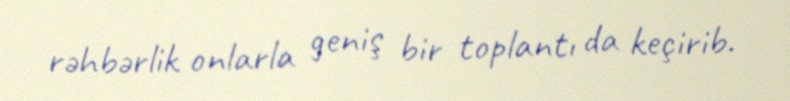
rəhbərlik onlarla geniş bir toplantı da keçirib.